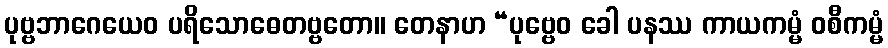
ပုဗ္ဗဘာဂေယေဝ ပရိသောဓေတဗ္ဗတော။ တေနာဟ “ပုဗ္ဗေဝ ခေါ ပနဿ ကာယကမ္မံ ဝစီကမ္မံ